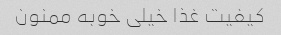
کیفیت غذا خیلی خوبه ممنون